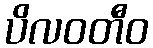
ပိလဝတီဝ